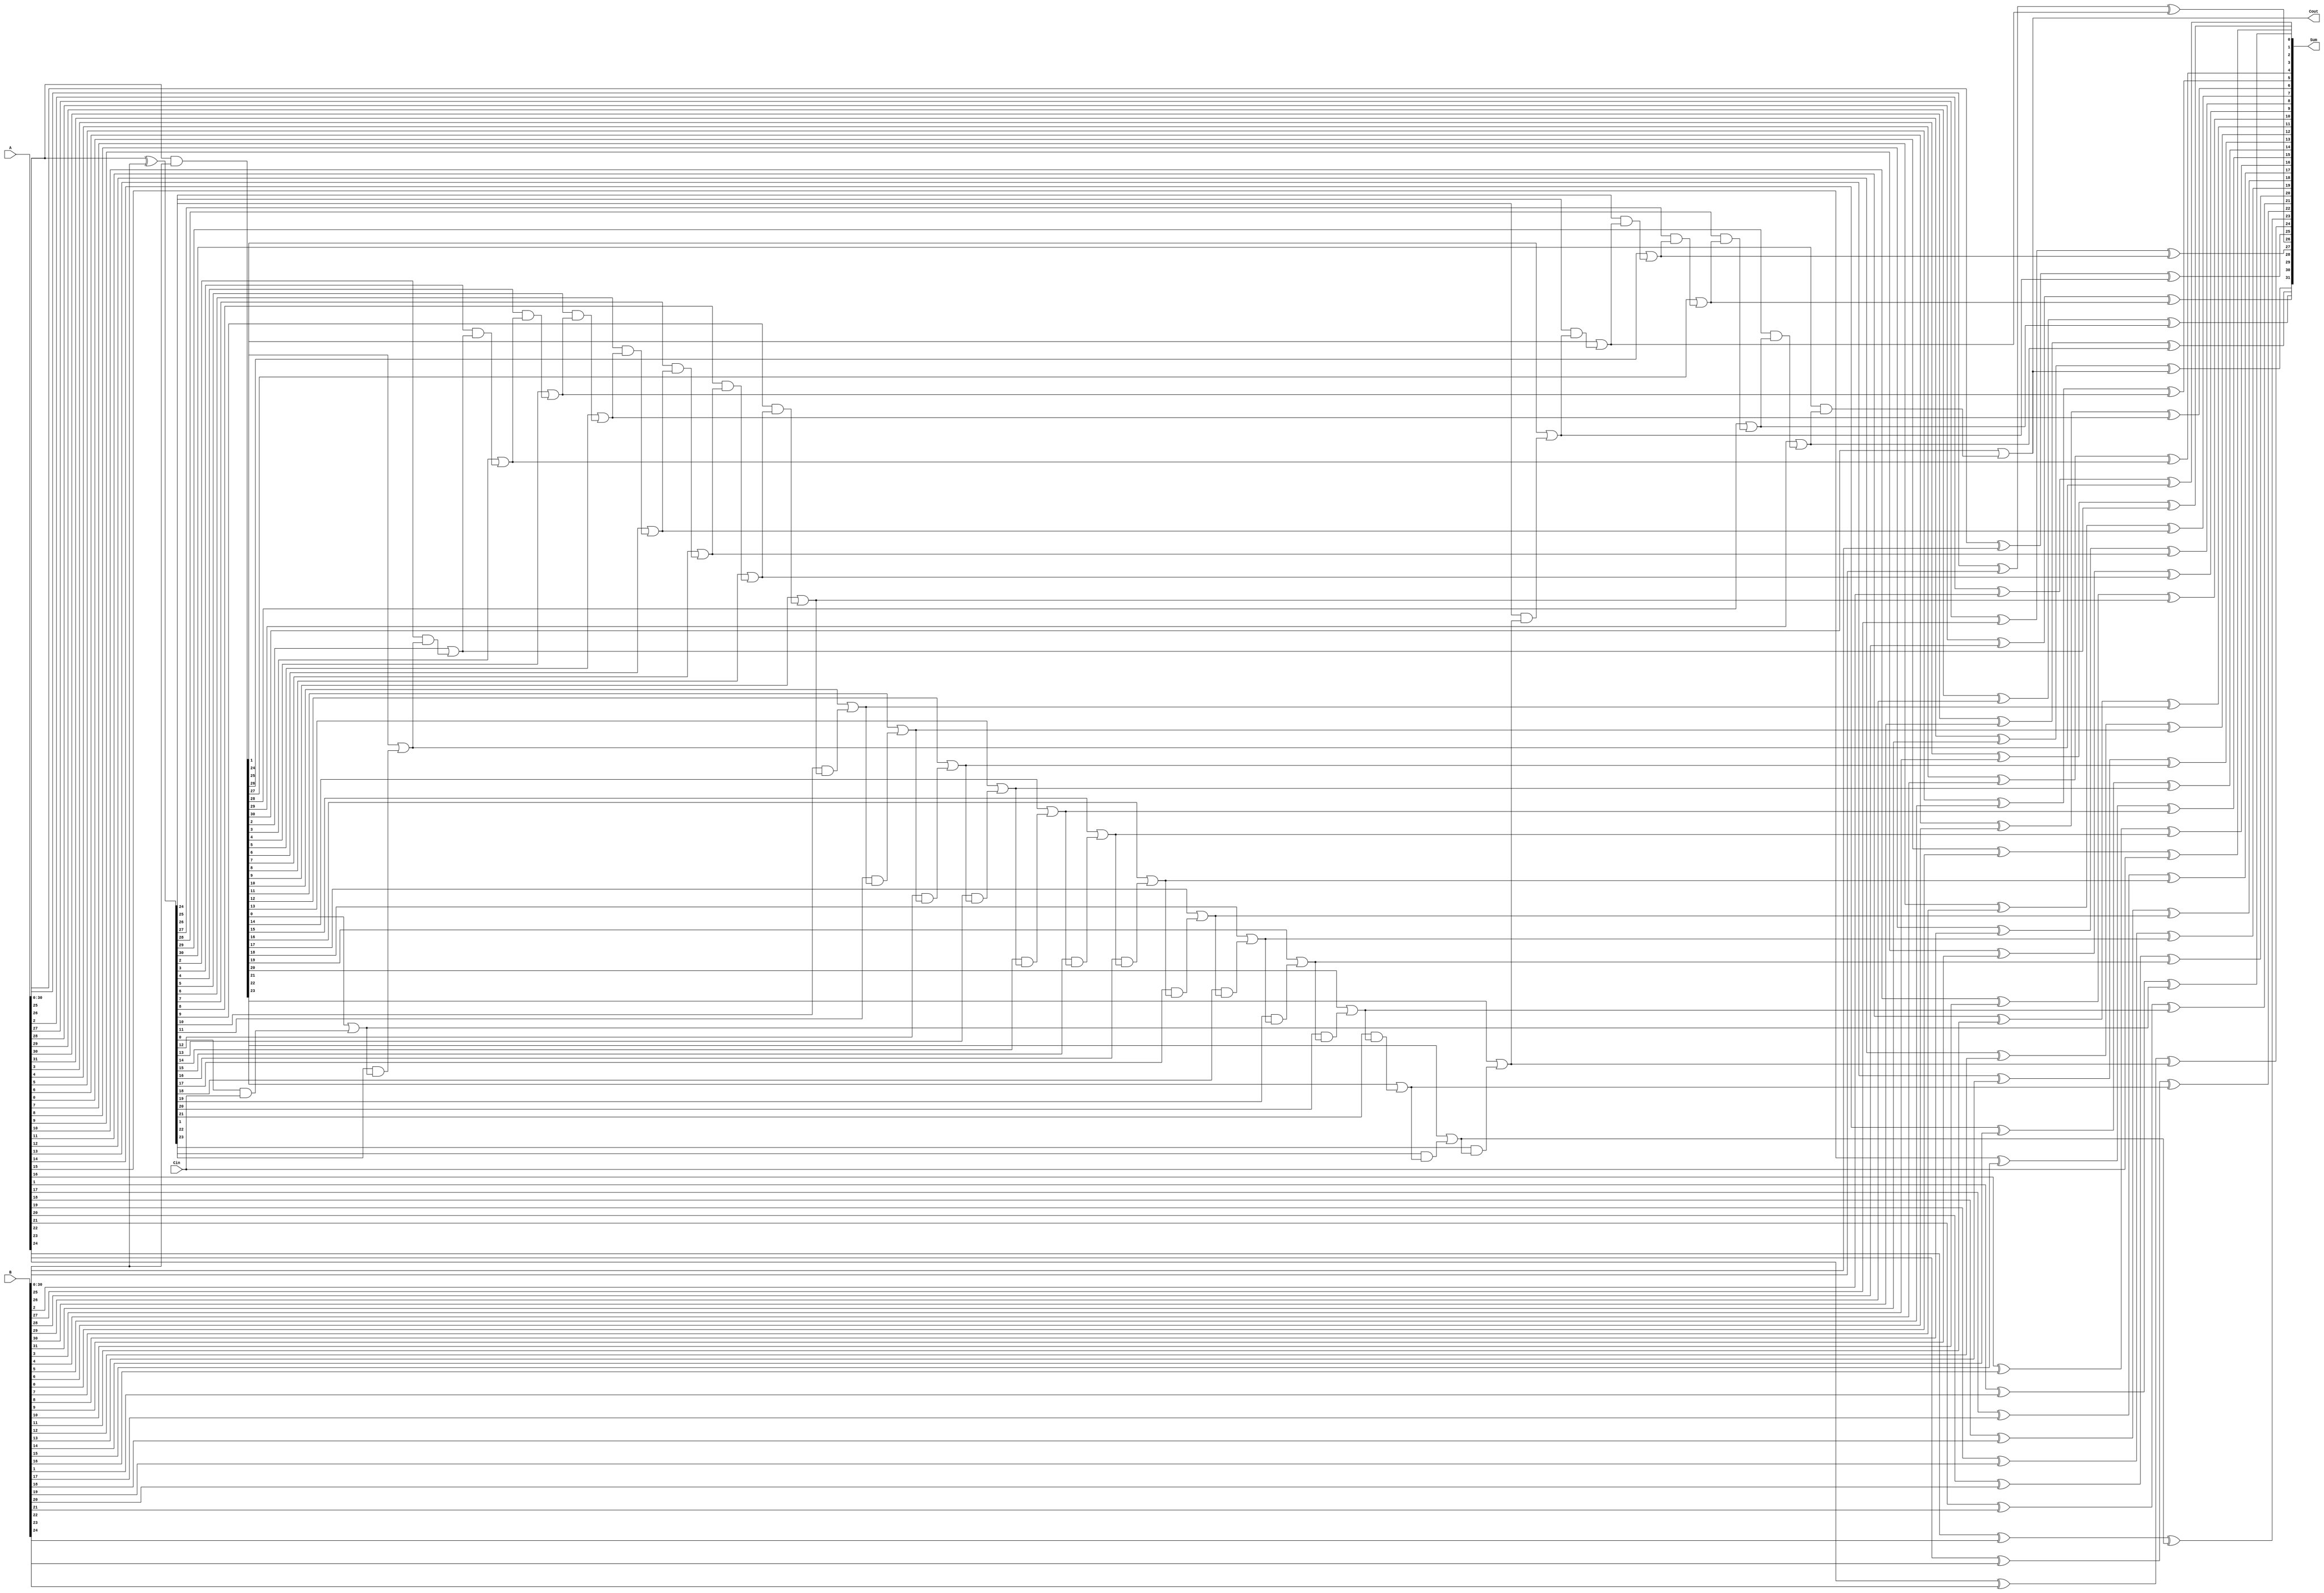
`timescale 1ns / 1ps
//////////////////////////////////////////////////////////////////////////////////
// Company: 
// Engineer: 
// 
// Design Name: 
// Module Name: lookhead32
// Project Name: 
// Target Devices: 
// Tool Versions: 
// Description: 
// 
// Dependencies: 
// 
// Revision:
// Revision 0.01 - File Created
// Additional Comments:
// 
//////////////////////////////////////////////////////////////////////////////////

module lookhead32 (
    input wire [31:0] A,
    input wire [31:0] B,
    input wire Cin,
    output wire [31:0] Sum,
    output wire Cout
);

wire [31:0] G;
wire [31:0] P;
wire [31:0] C;

assign G = A & B;
assign P = A ^ B;
assign C[0] = Cin;

genvar i;
generate
    for (i = 0; i < 32; i = i + 1) begin 
        if (i > 0) begin
            assign C[i] = G[i-1] | (P[i-1] & C[i-1]);
        end
        assign Sum[i] = A[i] ^ B[i] ^ C[i];
    end
endgenerate

assign Cout = C[31];

endmodule